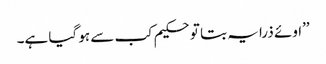
’’اوئے ذرا یہ بتا تو حکیم کب سے ہو گیا ہے۔